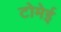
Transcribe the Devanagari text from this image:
टोमेई